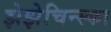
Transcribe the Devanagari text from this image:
झेझेचिन्स्का